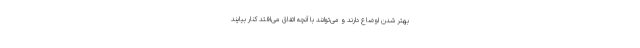
بهتر شدن اوضاع دارند و می‌توانند با آنچه اتفاق می‌افتد کنار بیایند